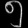
Digit: ၅